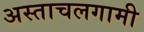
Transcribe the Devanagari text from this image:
अस्ताचलगामी